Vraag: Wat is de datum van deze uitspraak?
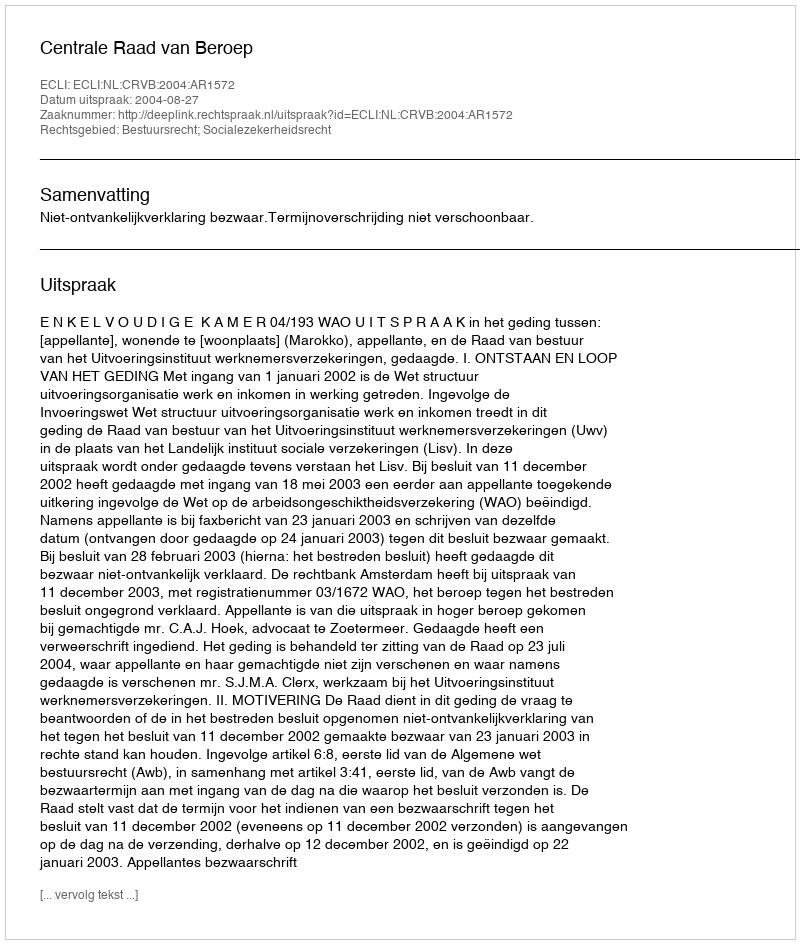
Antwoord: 2004-08-27